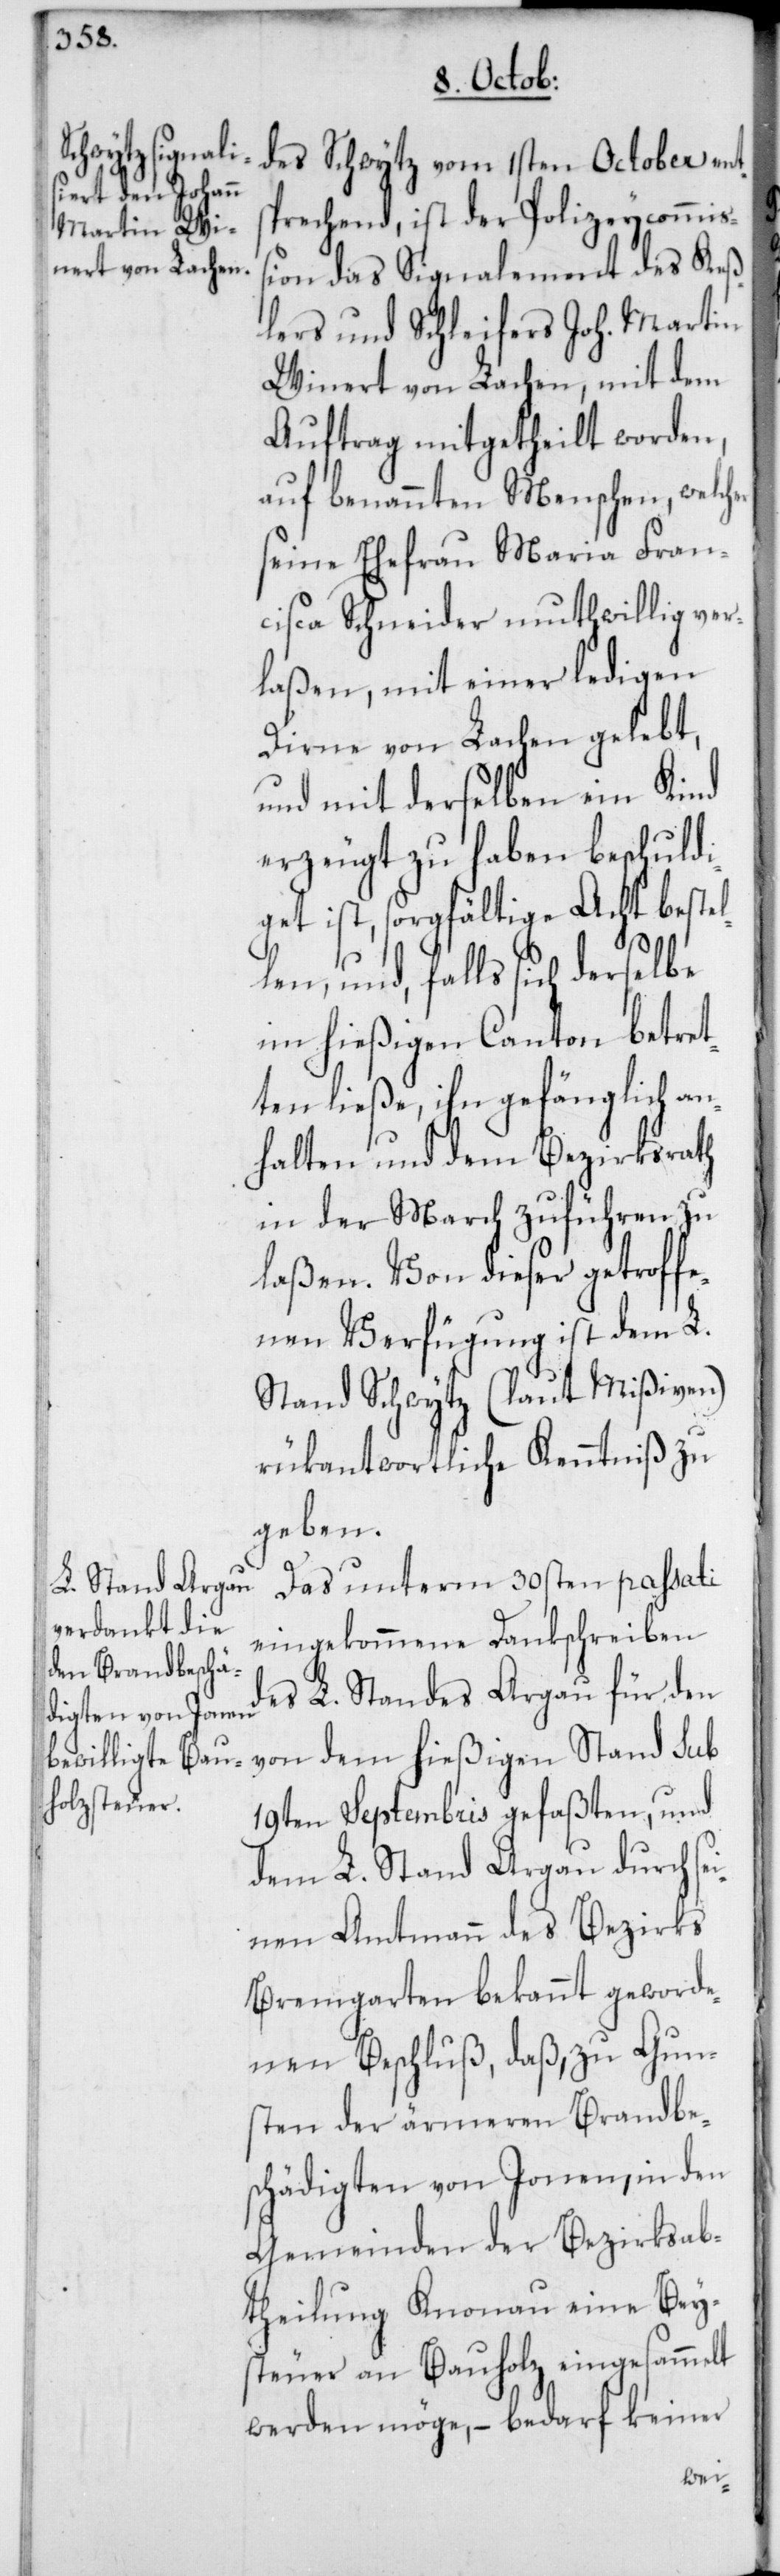
sprechend, ist der Polizeycommiß¬
ion das Signalement des Keß¬
lers und Schleifers Joh. Martin
Winert von Lachen, mit dem
Auftrag mitgetheilt worden,
auf benannten Menschen, welch¬
seine Ehefrau Maria Fran¬
cisca Schneider muthwillig ver¬
laßen, mit einer ledigen
Dirne von Lachen gelebt,
und mit derselben ein Kind
erzeugt zu haben beschuldi¬
get ist, sorgfältige Acht bestel¬
len und falls sich derselbe
im hießigen Canton betret¬
ten ließe, ihn gefänglich an¬
halten und dem Bezirksrath
in der March zuführen zu
laßen. – Von dieser getroffe¬
nen Verfügung ist dem L.
Stand Schwytz (laut Mißiven)
rükantwortliche Kenntniß zu
geben.
Das unterm 30sten passati
eingekommene Dankschreiben
des L. Standes Argau für den
von dem hießigen Stand sub
19ten Septembris gefaßten, und
dem L. Stand Argau durch se¬
inen Amtmann des Bezirks
Bremgarten bekannt geworde¬
nen Beschluß, daß, zu Gun¬
sten der ärmeren Brandbe¬
schädigten von Jonen, in den
Gemeinden der Bezirksab¬
theilung Knonau eine Bey¬
steuer an Bauholz eingesammelt
werden möge, – bedarf keiner
er